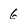
Character: 6